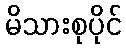
မိသားစုပိုင်